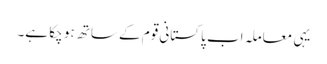
یہی معاملہ اب پاکستانی قوم کے ساتھ ہو چکا ہے۔